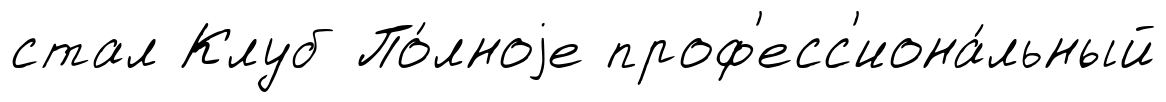
стал Клуб По́лноjе проф'есс'иона́льный